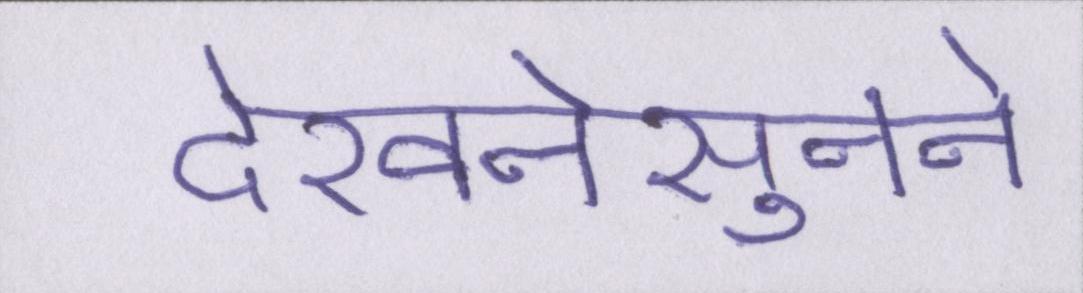
देखनेसुनने